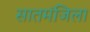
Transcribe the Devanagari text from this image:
सातमंजिला